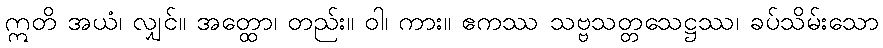
ဣတိ အယံ၊ လျှင်။ အတ္ထော၊ တည်း။ ဝါ၊ ကား။ ဧကဿ သဗ္ဗသတ္တသေဋ္ဌဿ၊ ခပ်သိမ်းသော